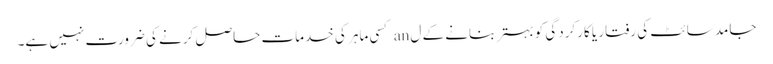
جامد سائٹ کی رفتار یا کارکردگی کو بہتر بنانے کے ل an کسی ماہر کی خدمات حاصل کرنے کی ضرورت نہیں ہے۔